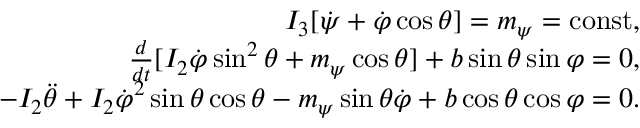
\begin{array} { r } { I _ { 3 } [ \dot { \psi } + \dot { \varphi } \cos \theta ] = m _ { \psi } = \mathrm { c o n s t } , } \\ { \frac { d } { d t } [ I _ { 2 } \dot { \varphi } \sin ^ { 2 } \theta + m _ { \psi } \cos \theta ] + b \sin \theta \sin \varphi = 0 , } \\ { - I _ { 2 } \ddot { \theta } + I _ { 2 } \dot { \varphi } ^ { 2 } \sin \theta \cos \theta - m _ { \psi } \sin \theta \dot { \varphi } + b \cos \theta \cos \varphi = 0 . } \end{array}